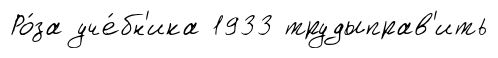
Ро́за уче́бн'ика 1933 трудыправ'ить